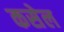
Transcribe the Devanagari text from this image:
कसेल